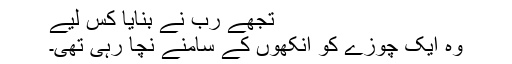
تجھے رب نے بنایا کس لیے
وہ ایک چوزے کو آنکھوں کے سامنے نچا رہی تھی۔